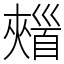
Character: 𩠣